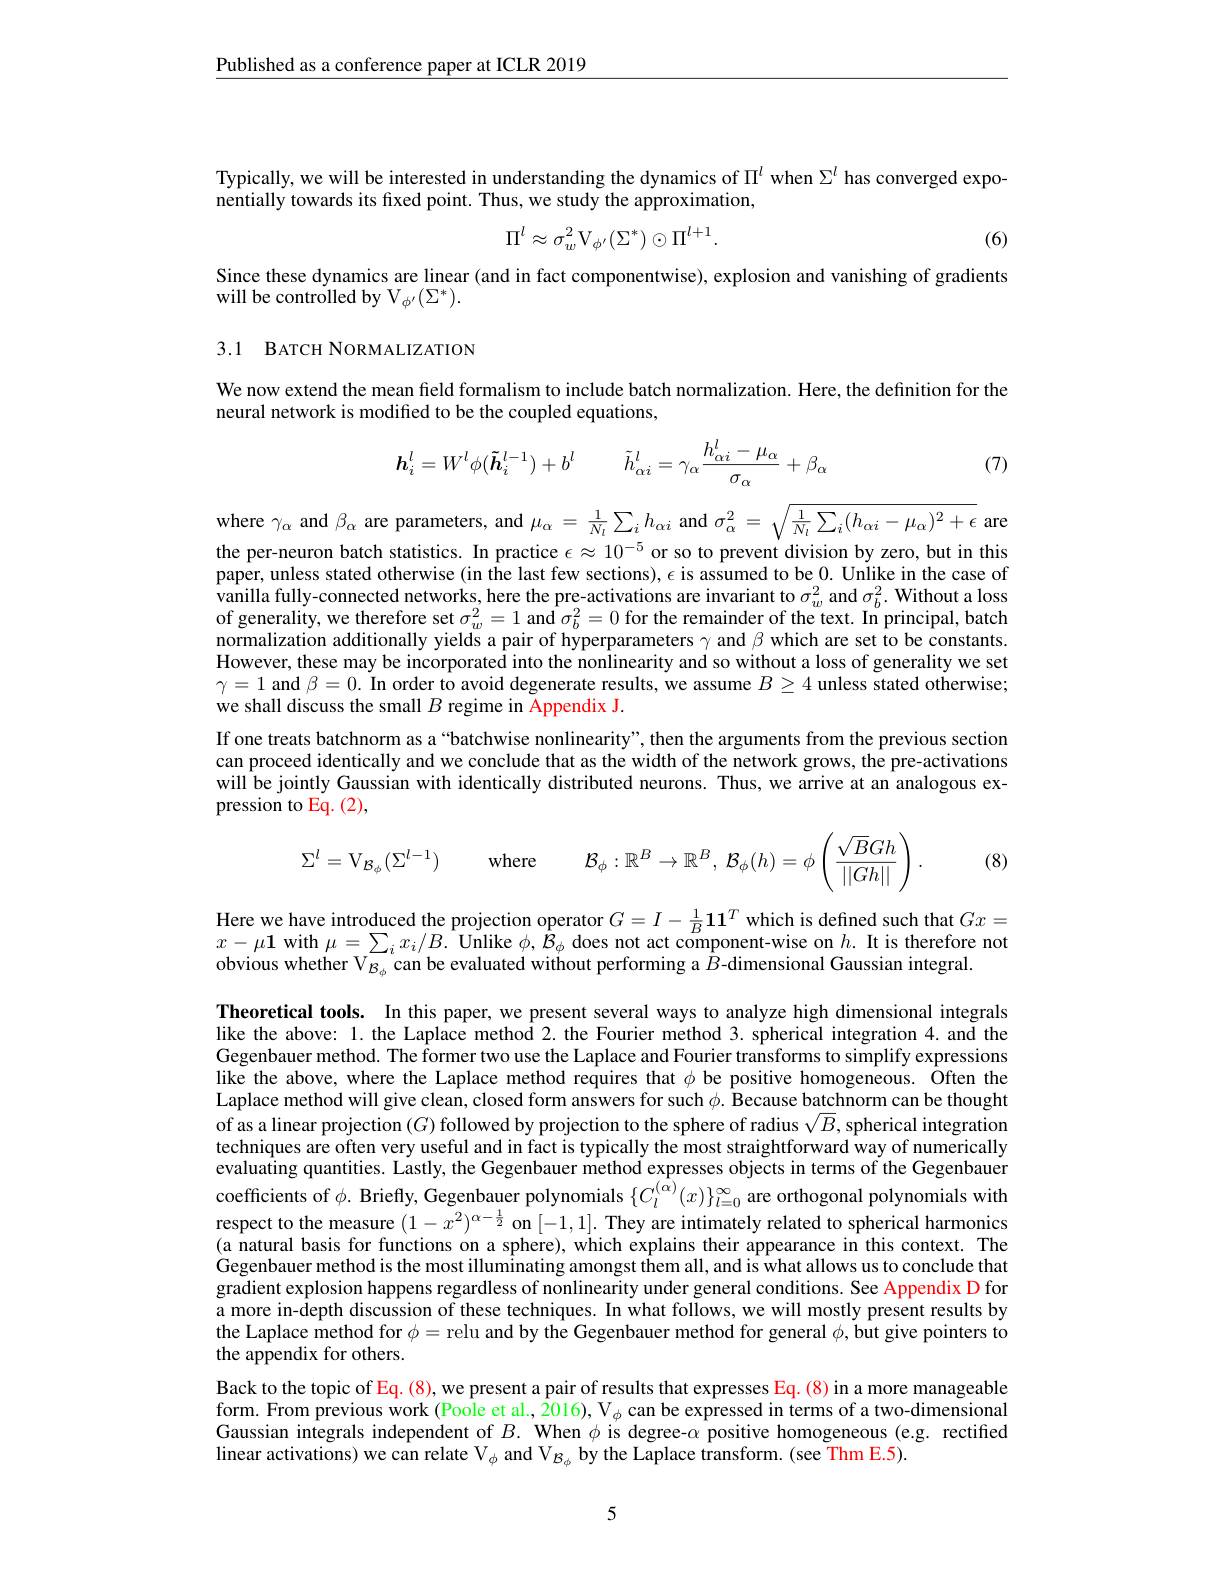
Published as a conference paper at ICLR 2019

Typically, we will be interested in understanding the dynamics of $\Pi^l$ when $\Sigma^l$ has converged expo-
nentially towards its fixed point. Thus, we study the approximation,
$$\Pi^l\approx\sigma_w^2\mathrm{V}_{\phi^{\prime}}(\Sigma^*)\odot\Pi^{l+1}.$$
(6)

Since these dynamics are linear (and in fact componentwise), explosion and vanishing of gradients
will be controlled by V$_{\phi^{\prime}}(\Sigma^{*}).$

3.1 BATCH NORMALIZATION

We now extend the mean field formalism to include batch normalization. Here, the definition for the
neural network is modified to be the coupled equations,
$$\boldsymbol{h}_{i}^{l}=W^{l}\phi(\tilde{\boldsymbol{h}}_{i}^{l-1})+b^{l}\quad\tilde{h}_{\alpha i}^{l}=\gamma_{\alpha}\frac{h_{\alpha i}^{l}-\mu_{\alpha}}{\sigma_{\alpha}}+\beta_{\alpha}$$
(7)

where $\gamma _{\alpha }$ and $\beta_\alpha$ are parameters, and $\mu_\alpha=\frac1{N_l}\sum_ih_{\alpha i}$ and $\sigma_\alpha^2=\sqrt{\frac1{N_l}\sum_i(h_{\alpha i}-\mu_\alpha)^2+\epsilon}$ are the per-neuron batch statistics. In practice $\epsilon\approx10^{-5}$ or so to prevent division by zero, but in this paper, unless stated otherwise (in the last few sections), $\epsilon$ is assumed to be 0. Unlike in the case of vanilla fully-connected networks, here the pre-activations are invariant to $\sigma_w^2$ and $\sigma_b^2.$ Without a loss of generality, we therefore set $\sigma_w^2=1$ and $\sigma_b^2=0$ for the remainder of the text. In principal, batch normalization additionally yields a pair of hyperparameters $\gamma$ and $\beta$ which are set to be constants. However, these may be incorporated into the nonlinearity and so without a loss of generality we set $\gamma=1$ and $\beta=0.$ In order to avoid degenerate results, we assume $B\geq4$ unless stated otherwise; we shall discuss the small $B$ regime in Appendix J.
If one treats batchnorm as a“batchwise nonlinearity”, then the arguments from the previous section can proceed identically and we conclude that as the width of the network grows, the pre-activations will be jointly Gaussian with identically distributed neurons. Thus, we arrive at an analogous expression to Eq. (2),

(8)
$$\Sigma^l=\mathrm{V}_{\mathcal{B}_\phi}(\Sigma^{l-1})\quad\text{where}\quad\mathcal{B}_\phi:\mathbb{R}^B\to\mathbb{R}^B,\:\mathcal{B}_\phi(h)=\phi\left(\frac{\sqrt{B}Gh}{||Gh||}\right).$$
Here we have introduced the projection operator $G=I-\frac1B\mathbf{11}^T$ which is defined such that $Gx=$ $x-\mu\mathbf{1}$with $\mu=\sum_ix_i/B.$ Unlike $\phi,\hat{\mathcal{B}}_\phi$ does not act component-wise on $h. \textbf{It is therefore not}$ obvious whether V$_{\mathcal{B}_\phi}$ can be evaluated without performing a $\bar{B}$-dimensional Gaussian integral.

Theoretical tools. In this paper, we present several ways to analyze high dimensional integrals like the above: 1. the Laplace method 2. the Fourier method 3. spherical integration 4. and the Gegenbauer method. The former two use the Laplace and Fourier transforms to simplify expressions like the above, where the Laplace method requires that $\phi$ be positive homogeneous. Ôften the Laplace method will give clean, closed form answers for such $\phi.\tilde{\text{Becausebatchnormcanbethought}}$ of as a linear projection $(G)$ followed by projection to the sphere of radius $\sqrt{B}$,spherical integration techniques are often very useful and in fact is typically the most straightforward way of numerically evaluating quantities. Lastly, the Gegenbauer method expresses objects in terms of the Gegenbauer coefficients of $\phi.$ Briefly, Gegenbauer polynomials $\{C_l^{(\alpha)}(x)\}_{l=0}^\infty$ are orthogonal polynomials with respect to the measure $(1-x^2)^{\alpha-\frac12}$ on [-1,1]. They are intimately related to spherical harmonics (a natural basis for functions on a sphere), which explains their appearance in this context. The Gegenbauer method is the most illuminating amongst them all, and is what allows us to conclude that gradient explosion happens regardless of nonlinearity under general conditions. See Appendix D for a more in-depth discussion of these techniques. In what follows, we will mostly present results by the Laplace method for $\phi=$ relu and by the Gegenbauer method for general $\phi $,but give pointers to the appendix for others.
Back to the topic of Eq. (8), we present a pair of results that expresses Eq. (8) in a more manageable form. From previous work (Poole et al., 2016), V$_\phi$ can be expressed in terms of a two-dimensional Gaussian integrals independent of $B.$ When $\phi$ is degree-$\alpha$ positive homogeneous (e.g. rectified linear activations) we can relate V$_\phi$ and V$_{\mathcal{B}_\phi}$ by the Laplace transform. (see Thm E.5).

5